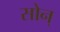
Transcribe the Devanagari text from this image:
सोन्